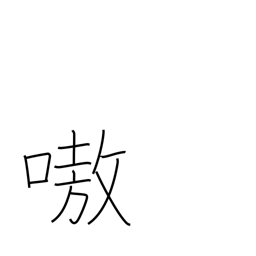
Meaning: noisy